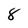
Character: 8